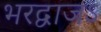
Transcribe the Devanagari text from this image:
भरद्वाजऽ